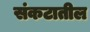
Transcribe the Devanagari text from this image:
संकटातील